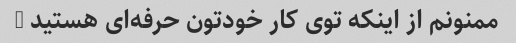
ممنونم از اینکه توی کار خودتون حرفه‌ای هستید …